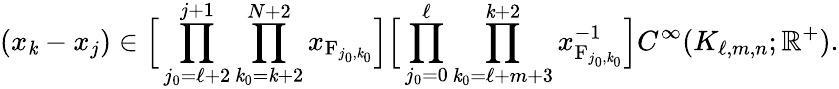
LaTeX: (x_{\mathit{k}}-x_{j})\in\Big[\prod_{j_{0}=\ell+2}^{j+1}\prod_{\mathit{k}_{0}=\mathit{k}+2}^{N+2}x_{\mathrm{{F}}_{j_{0},\mathit{k}_{0}}}\Big]\Big[\prod_{j_{0}=0}^{\ell}\prod_{\mathit{k}_{0}=\ell+m+3}^{\mathit{k}+2}x_{\mathrm{{F}}_{j_{0},\mathit{k}_{0}}}^{-1}\Big]C^{\infty}(K_{\ell,m,n};\mathbb{{R}}^{+}).